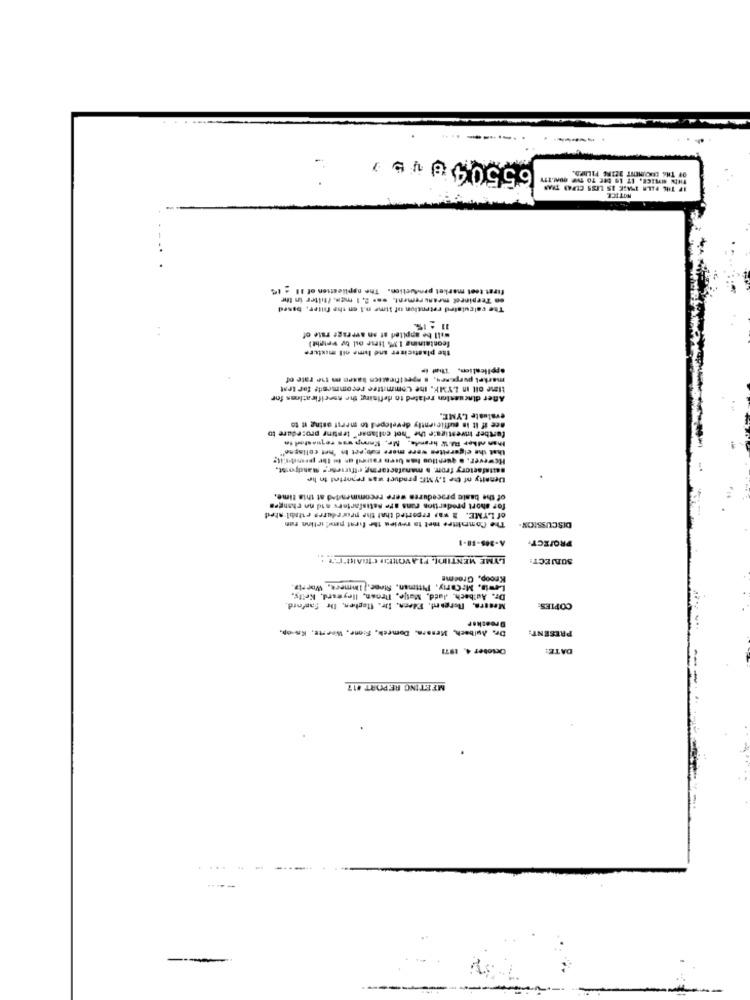
----
--
65504045
THEN WEICE. IT IS BEE TO THE GUN.ITY
OF THE RECIPIENT ILIRE PILAFD.
IF THE FILM IMSK IS LESS CURAS TRAN
NOTICE
firat teet market production. The application of 11 - 14
en Terpineet measurement, was 2. 1 mgm. (filter in the
The calculated retention of Itme n.l on the filter, based
11 - 15
will be applied at an average rate of
fcontaining 13% line ou by weight)
the plasticiser and lime oil mixture
application, That i
market purposes. . specification basen m 11e rate of
time oll In LYMK, the Committee recommends for test
After dincsesion related to defining the seeifirations for
evaluate LYME.
see if It is sufficiently developed to merit osing it to
Than elker RAW hrande, Mr. Komp was requested in
further investigate the "hot collanar" testing prozedere to
that the elgereites were more sub eet In 'het colisgse"
saltsfactory from a manufactoring effirier. Mandpost,
Density of the 1.YME product was reported to he
of the basic procedures were recommended at this time.
for short pradertios rans are satisfarters sid no changes
of LYME. I was reported that the procedures ettabil-ated
The Committee thet to review the fırat pedirlinn ren
DISCUSSION-
A-205-68-1
PROFECT-
LYME MENTIDI, PIAVORLED CHAIR!"TT :.
SUBJECT:
Knoop, Grooms
Lewis, M:Cary, Pittman, Strec. IMmeex. Worsta.
Dr. Autbach, Jatd, Matje, Proan, Heyward, Krily,
Mestra, Bergard. Edern. Wir. Itoghen. Die Sanford
COPIES:
Dreesker
Dr. Aulbach, Mensra. Domech, Sione, Weerte, Ko-op.
PRESENT:
October 4. 1971
DATE:
MEETING REPORT 417
.. ...
---